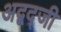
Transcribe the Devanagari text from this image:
अद्बद्जी